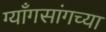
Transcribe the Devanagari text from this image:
ग्याँगसांगच्या